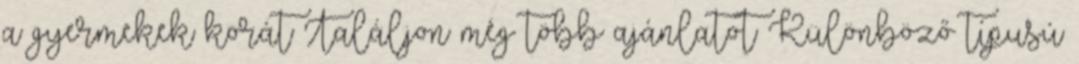
a gyermekek korát Találjon még több ajánlatot Különböző típusú